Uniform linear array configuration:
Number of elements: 12
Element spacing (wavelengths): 0.5
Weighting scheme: blackman
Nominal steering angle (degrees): -15
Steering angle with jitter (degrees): -13.079
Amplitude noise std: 0.05
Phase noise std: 0.05

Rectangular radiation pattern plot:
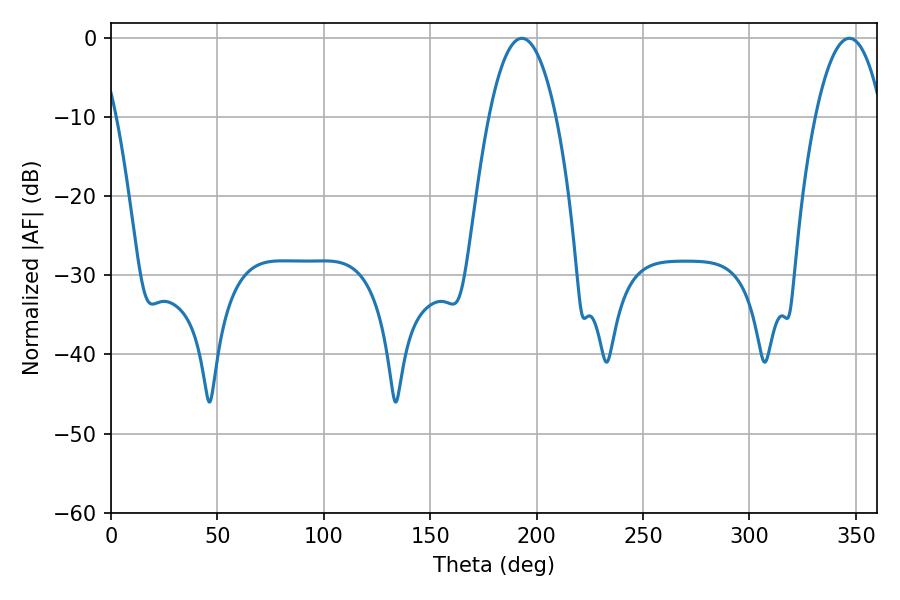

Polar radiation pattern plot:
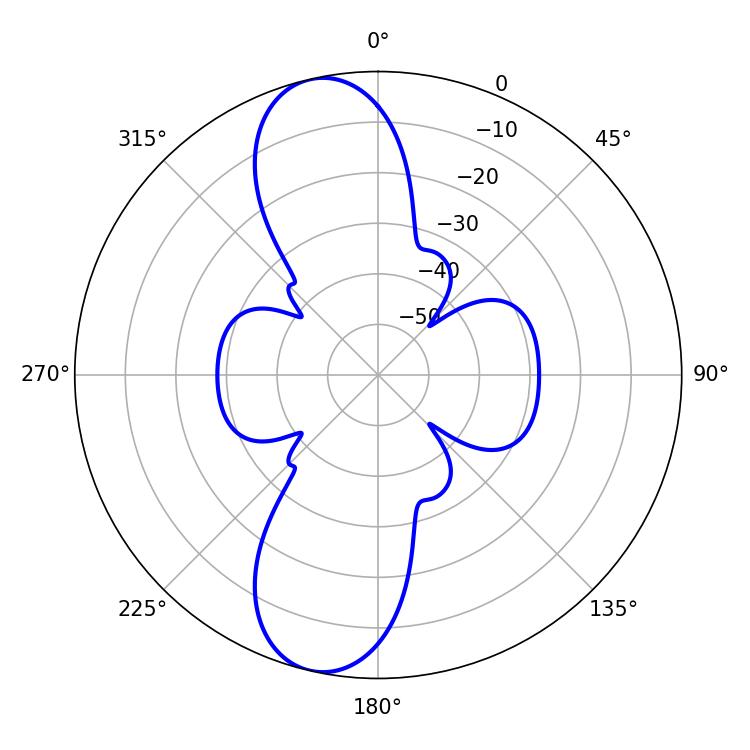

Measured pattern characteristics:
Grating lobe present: FALSE
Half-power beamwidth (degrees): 17.46
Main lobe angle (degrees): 193.14